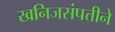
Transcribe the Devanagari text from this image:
खनिजसंपत्तीने